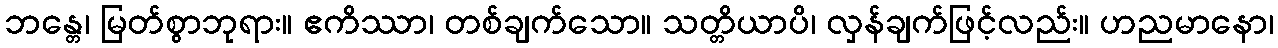
ဘန္တေ၊ မြတ်စွာဘုရား။ ဧကိဿာ၊ တစ်ချက်သော။ သတ္တိယာပိ၊ လှန်ချက်ဖြင့်လည်း။ ဟညမာနော၊